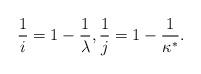
LaTeX: \begin{align*}\frac{1}{i}=1-\frac{1}{\lambda}, \frac{1}{j}=1-\frac{1}{\kappa^*}.\end{align*}